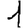
Digit: 1